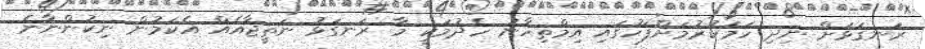
ރަނގަޅަށް ނިދި ހަމަކުރުމަށްފަހުގައި އިމްތިހާނު ހެދުމަކީ މާ ރަނގަޅު ނަތީޖާއެއް އެކަމުން ނިކުންނާނެ